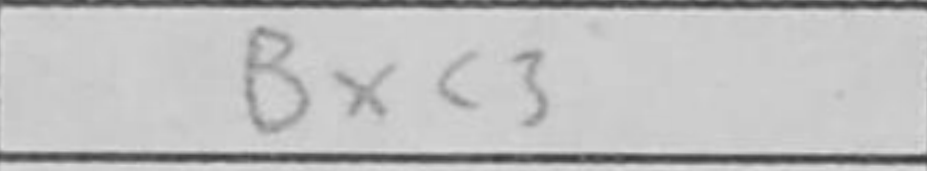
Transcription: Bxc3